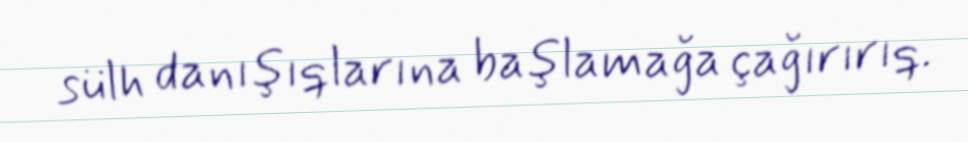
sülh danışıqlarına başlamağa çağırırıq.